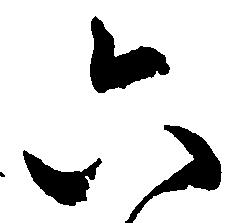
六